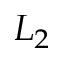
L _ { 2 }